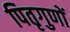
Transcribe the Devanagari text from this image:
पितृगुणों